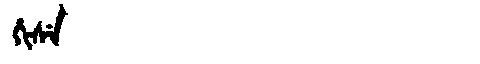
Manchu: ᡥᡳᠰᡝ
Romanization: HISE